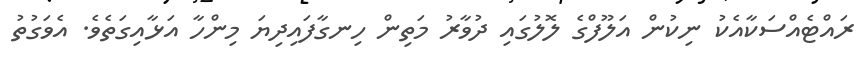
ރައްޓެއްސަކާއެކު ނިކުން އަލޫފްގެ ލޮލުގައި ދުވާރު މަތިން ހިނގާފައިދިޔަ މިންހާ އަޅާއިގަތެވެ. އެވަގުތު